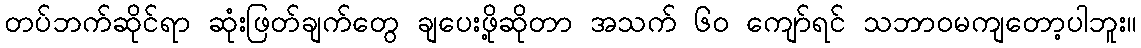
တပ်ဘက်ဆိုင်ရာ ဆုံးဖြတ်ချက်တွေ ချပေးဖို့ဆိုတာ အသက် ၆၀ ကျော်ရင် သဘာဝမကျတော့ပါဘူး။